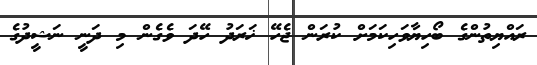
ރައްޔިތުންގެ ބޯހިޔާވަހިކަމަށް ކުރަން ޖެހޭ ޚަރަދު ހޭދަ ވެގެން މި ދަނީ ނަޝީދުގެ